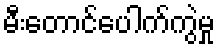
မီးတောင်ပေါက်ကွဲမှု